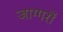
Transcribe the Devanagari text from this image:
जाग्गरों